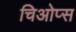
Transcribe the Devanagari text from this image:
चिओप्स